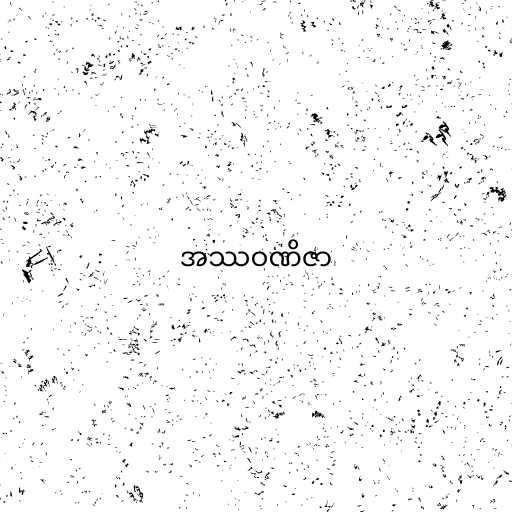
အဿဝဏိဇာ